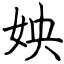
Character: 姎